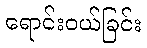
ရောင်းဝယ်ခြင်း